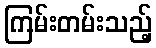
ကြမ်းတမ်းသည့်